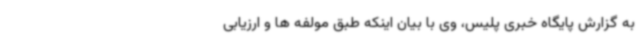
به گزارش پایگاه خبری پلیس، وی با بیان اینکه طبق مولفه ها و ارزیابی